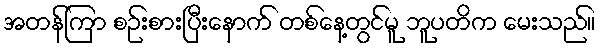
အတန်ကြာ စဉ်းစားပြီးနောက် တစ်နေ့တွင်မူ ဘူပတိက မေးသည်။